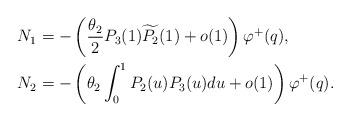
LaTeX: \begin{align*}N_1 &= -\left(\frac{\theta_2}{2} P_3(1)\widetilde{P_2}(1) + o(1) \right) \varphi^+(q), \\N_2 &= - \left(\theta_2 \int_0^1 P_2(u)P_3(u)du + o(1) \right) \varphi^+(q). \end{align*}